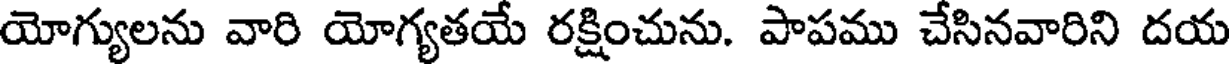
యోగ్యులను వారి యోగ్యతయే రక్షించును. పాపము చేసినవారిని దయ